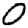
Digit: 0